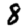
Digit: 8